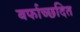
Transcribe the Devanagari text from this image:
बर्फाच्छदित